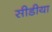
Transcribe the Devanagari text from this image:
सीडीया